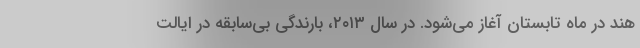
هند در ماه تابستان آغاز می‌شود. در سال ۲۰۱۳، بارندگی بی‌سابقه در ایالت